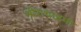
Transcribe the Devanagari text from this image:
श्रीराधाष्टमी